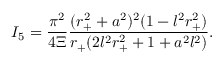
I _ { 5 } = \frac { \pi ^ { 2 } } { 4 \Xi } \frac { ( r _ { + } ^ { 2 } + a ^ { 2 } ) ^ { 2 } ( 1 - l ^ { 2 } r _ { + } ^ { 2 } ) } { r _ { + } ( 2 l ^ { 2 } r _ { + } ^ { 2 } + 1 + a ^ { 2 } l ^ { 2 } ) } .